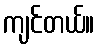
ကျင်တယ်။